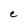
Character: e